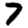
Digit: 7